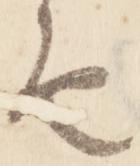
由